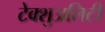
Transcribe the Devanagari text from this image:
टेक्शुअलिटी